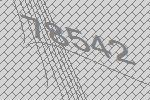
78542